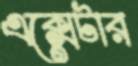
এক্সেটার